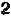
2